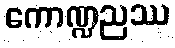
ကောဏ္ဍညဿ